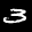
Label: 3